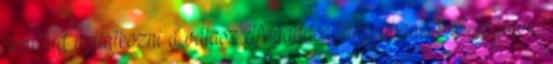
nem tud nyilatkozni a válasz elfogadása tárgyában. 3. Beszámoló